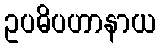
ဥပဓိပဟာနာယ